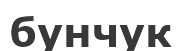
бунчук